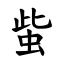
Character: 䖪